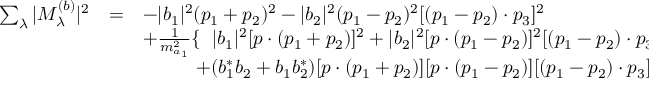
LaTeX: \begin{array} { r c l } { { \sum _ { \lambda } | { \cal M } _ { \lambda } ^ { ( b ) } | ^ { 2 } } } & { { = } } & { { - | b _ { 1 } | ^ { 2 } ( p _ { 1 } + p _ { 2 } ) ^ { 2 } - | b _ { 2 } | ^ { 2 } ( p _ { 1 } - p _ { 2 } ) ^ { 2 } [ ( p _ { 1 } - p _ { 2 } ) \cdot p _ { 3 } ] ^ { 2 } } } \\ { { } } & { { } } & { { + \frac { 1 } { m _ { a _ { 1 } } ^ { 2 } } \{ \; \; | b _ { 1 } | ^ { 2 } [ p \cdot ( p _ { 1 } + p _ { 2 } ) ] ^ { 2 } + | b _ { 2 } | ^ { 2 } [ p \cdot ( p _ { 1 } - p _ { 2 } ) ] ^ { 2 } [ ( p _ { 1 } - p _ { 2 } ) \cdot p _ { 3 } ] ^ { 2 } } } \\ { { } } & { { } } & { { \; \; \; \; \; \; \; \; \; \; + ( b _ { 1 } ^ { * } b _ { 2 } + b _ { 1 } b _ { 2 } ^ { * } ) [ p \cdot ( p _ { 1 } + p _ { 2 } ) ] [ p \cdot ( p _ { 1 } - p _ { 2 } ) ] [ ( p _ { 1 } - p _ { 2 } ) \cdot p _ { 3 } ] \} . } } \end{array}